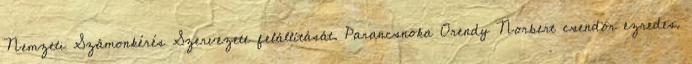
Nemzeti Számonkérés Szervezete felállítását. Parancsnoka Orendy Norbert csendõr ezredes.